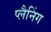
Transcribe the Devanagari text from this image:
प्‍लैनिंग